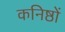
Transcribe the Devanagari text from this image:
कनिष्ठों